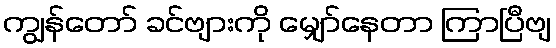
ကျွန်တော် ခင်ဗျားကို မျှော်နေတာ ကြာပြီဗျ